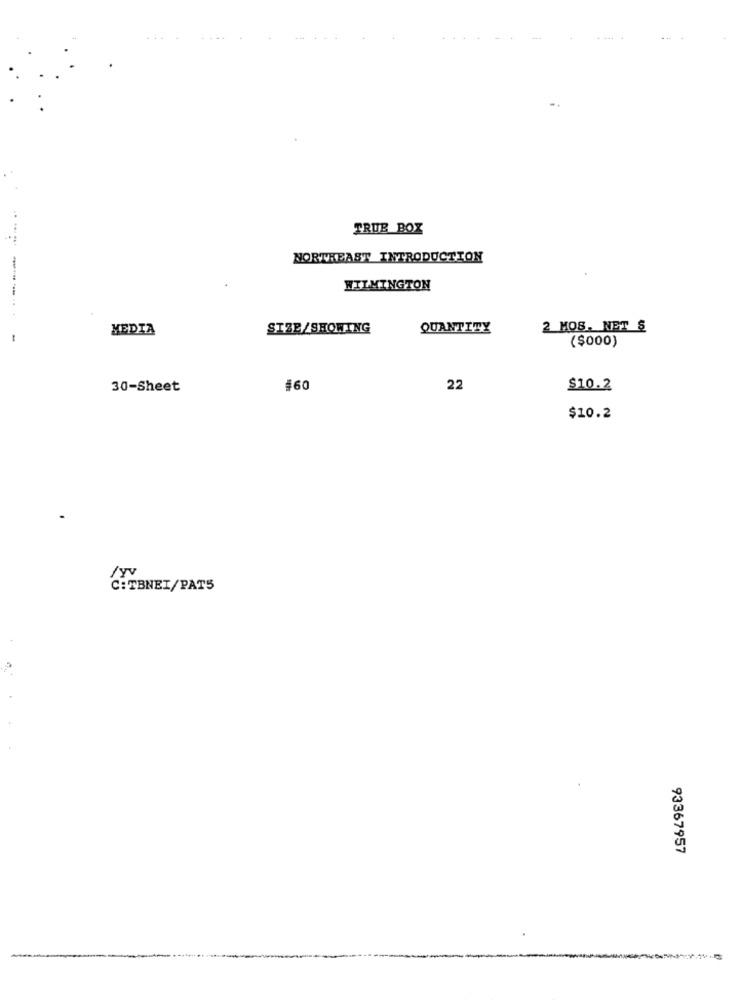
TRUE BOX
NORTHEAST INTRODUCTION
WILMINGTON
------
MEDIA
SIZE/SHOWING
QUANTITY
2 MOS. NET S
($000)
30-Sheet
$60
22
$10.2
$10.2
/yv
C: TBNEI/PAT5
93367957